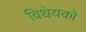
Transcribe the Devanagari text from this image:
विधेयको